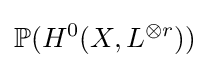
\mathbb {P} (H^{0}(X,L^{\otimes r}))